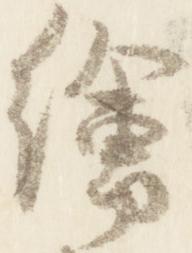
絵